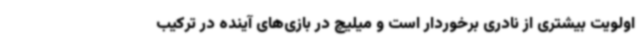
اولویت بیشتری از نادری برخوردار است و میلیچ در بازی‌های آینده در ترکیب